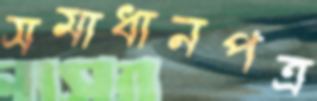
সমাধানপত্র